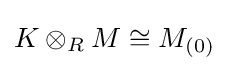
K\otimes _{R}M\cong M_{(0)}